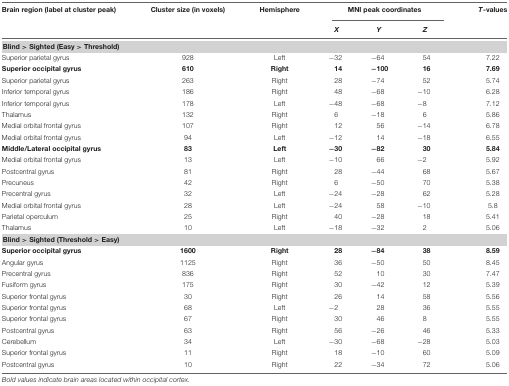
<table><thead><tr><td><b>Brain region (label at cluster peak)</b></td><td><b>Cluster size (in voxels)</b></td><td><b>Hemisphere</b></td><td colspan="3"><b>MNI peak coordinates</b></td><td><b><i>T</i>-values</b></td></tr><tr><td></td><td></td><td></td><td><b><i>X</i></b></td><td><b><i>Y</i></b></td><td><b><i>Z</i></b></td><td></td></tr></thead><tbody><tr><td colspan="5"><b>Blind &gt; Sighted (Easy &gt; Threshold)</b></td></tr><tr><td>Superior parietal gyrus</td><td>928</td><td>Left</td><td>-32</td><td>-64</td><td>54</td><td>7.22</td></tr><tr><td><b>Superior occipital gyrus</b></td><td><b>610</b></td><td><b>Right</b></td><td><b>14</b></td><td><b>-100</b></td><td><b>16</b></td><td><b>7.69</b></td></tr><tr><td>Superior parietal gyrus</td><td>263</td><td>Right</td><td>28</td><td>-74</td><td>52</td><td>5.74</td></tr><tr><td>Inferior temporal gyrus</td><td>186</td><td>Right</td><td>48</td><td>-68</td><td>-10</td><td>6.28</td></tr><tr><td>Inferior temporal gyrus</td><td>178</td><td>Left</td><td>-48</td><td>-68</td><td>-8</td><td>7.12</td></tr><tr><td>Thalamus</td><td>132</td><td>Right</td><td>6</td><td>-18</td><td>6</td><td>5.86</td></tr><tr><td>Medial orbital frontal gyrus</td><td>107</td><td>Right</td><td>12</td><td>56</td><td>-14</td><td>6.78</td></tr><tr><td>Medial orbital frontal gyrus</td><td>94</td><td>Left</td><td>-12</td><td>14</td><td>-18</td><td>6.55</td></tr><tr><td><b>Middle/Lateral occipital gyrus</b></td><td><b>83</b></td><td><b>Left</b></td><td><b>-30</b></td><td><b>-82</b></td><td><b>30</b></td><td><b>5.84</b></td></tr><tr><td>Medial orbital frontal gyrus</td><td>13</td><td>Left</td><td>-10</td><td>66</td><td>-2</td><td>5.92</td></tr><tr><td>Postcentral gyrus</td><td>81</td><td>Right</td><td>28</td><td>-44</td><td>68</td><td>5.67</td></tr><tr><td>Precuneus</td><td>42</td><td>Right</td><td>6</td><td>-50</td><td>70</td><td>5.38</td></tr><tr><td>Precentral gyrus</td><td>32</td><td>Left</td><td>-24</td><td>-28</td><td>62</td><td>5.28</td></tr><tr><td>Medial orbital frontal gyrus</td><td>28</td><td>Left</td><td>-24</td><td>58</td><td>-10</td><td>5.8</td></tr><tr><td>Parietal operculum</td><td>25</td><td>Right</td><td>40</td><td>-28</td><td>18</td><td>5.41</td></tr><tr><td>Thalamus</td><td>10</td><td>Left</td><td>-18</td><td>-32</td><td>2</td><td>5.06</td></tr><tr><td colspan="5"><b>Blind &gt; Sighted (Threshold &gt; Easy)</b></td></tr><tr><td><b>Superior occipital gyrus</b></td><td><b>1600</b></td><td><b>Right</b></td><td><b>28</b></td><td><b>-84</b></td><td><b>38</b></td><td><b>8.59</b></td></tr><tr><td>Angular gyrus</td><td>1125</td><td>Right</td><td>36</td><td>-50</td><td>50</td><td>8.45</td></tr><tr><td>Precentral gyrus</td><td>836</td><td>Right</td><td>52</td><td>10</td><td>30</td><td>7.47</td></tr><tr><td>Fusiform gyrus</td><td>175</td><td>Right</td><td>30</td><td>-42</td><td>12</td><td>5.39</td></tr><tr><td>Superior frontal gyrus</td><td>30</td><td>Right</td><td>26</td><td>14</td><td>58</td><td>5.56</td></tr><tr><td>Superior frontal gyrus</td><td>68</td><td>Left</td><td>-2</td><td>28</td><td>36</td><td>5.55</td></tr><tr><td>Superior frontal gyrus</td><td>67</td><td>Right</td><td>30</td><td>46</td><td>8</td><td>5.55</td></tr><tr><td>Postcentral gyrus</td><td>63</td><td>Right</td><td>56</td><td>-26</td><td>46</td><td>5.33</td></tr><tr><td>Cerebellum</td><td>34</td><td>Left</td><td>-30</td><td>-68</td><td>-28</td><td>5.03</td></tr><tr><td>Superior frontal gyrus</td><td>11</td><td>Right</td><td>18</td><td>-10</td><td>60</td><td>5.09</td></tr><tr><td>Postcentral gyrus</td><td>10</td><td>Right</td><td>22</td><td>-34</td><td>72</td><td>5.06</td></tr></tbody></table>